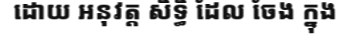
ដោយ អនុវត្ត សិទ្ធិ ដែល ចែង ក្នុង